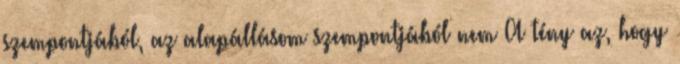
szempontjából, az alapállásom szempontjából nem A tény az, hogy